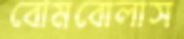
বোমবোলাস